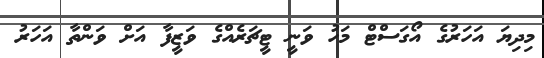
މިދިޔަ އަހަރުގެ އޯގަސްޓް މަހު ވަނީ ޓީޗަރެއްގެ ވަޒީފާ އަށް ވަންތާ އަހަރު